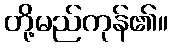
တို့မည်ကုန်၏။